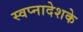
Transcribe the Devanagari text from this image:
स्वप्नादेशके